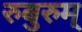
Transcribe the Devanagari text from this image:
रुबुरुम्